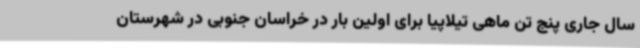
سال جاری پنج تن ماهی تیلاپیا برای اولین بار در خراسان جنوبی در شهرستان